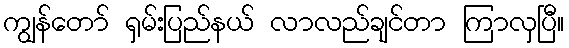
ကျွန်တော် ရှမ်းပြည်နယ် လာလည်ချင်တာ ကြာလှပြီ။